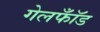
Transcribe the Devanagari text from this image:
गेलफॉँड